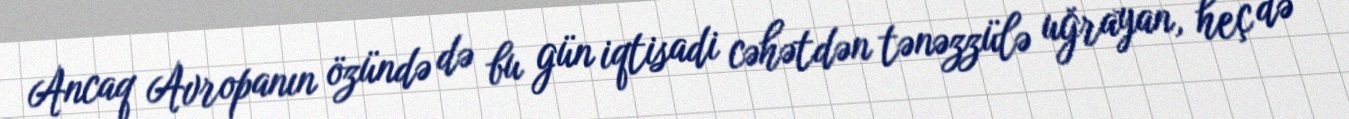
Ancaq Avropanın özündə də bu gün iqtisadi cəhətdən tənəzzülə uğrayan, heç də